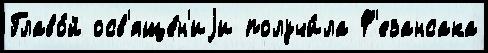
Главо́й осв'яще́н'иjи получи́ла Ф'езансака